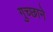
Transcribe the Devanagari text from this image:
गुच्छाने